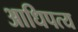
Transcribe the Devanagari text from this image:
आधिपत्य